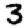
Digit: 3